Civil Veterinary Department Bihar & Orissa reports 1922-29 - 1922-1929
Year: 1922
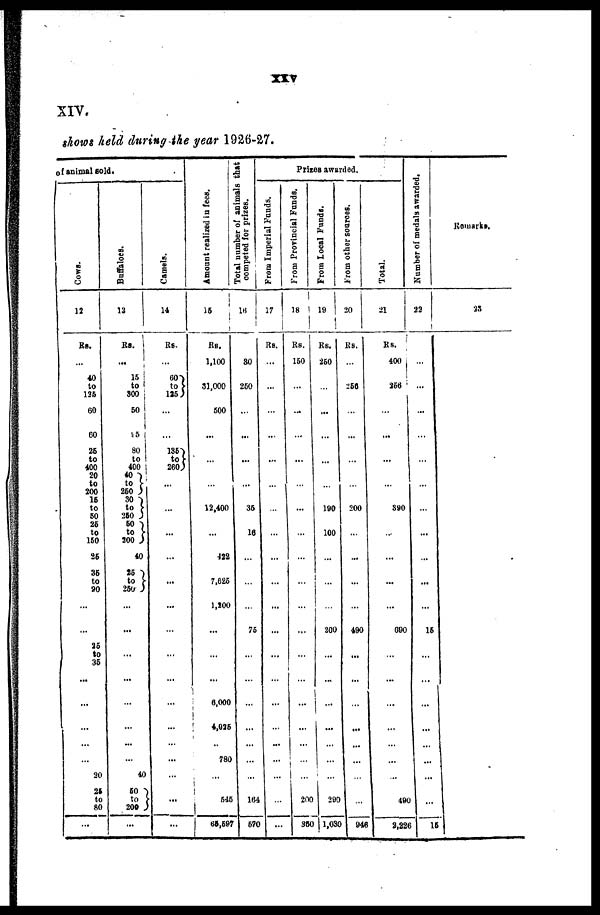
XIV.
shorn held during the year 1926-27.
of animal sold.
Cows .
12
Rs.
...
40
to
125
60
60
25
to
400
20
to
200
16
to
50
26
to
150
25
36
to
90
...
25
to
35
...
...
...
...
...
20
25
to
80
...
Buf f
a l
oe s .
13
Rs.
...
15
to
800
50
95
80
to
400
40
to
250
30
to
250
50
to
200
40
25
to
250
...
...
...
...
...
...
...
40
60
to
200
...
Camels.
14
Rs-
...
60
to
125
...
...
135
to
260
...
...
...
...
...
...
...
...
...
...
...
...
...
...
Amount realized in fees.
15
Rs.
1,100
31,000
500
...
...
...
12,400
...
422
7,825
1,200
...
...
6,000
4,025
...
780
...
545
66,597
Total number of animals that
competed for prizes.
16
30
250
...
...
...
...
35
16
75
...
...
...
...
...
...
164
570
Pries awarded.
From Imperial Funds.
17
Rs.
...
...
...
...
...
...
...
...
...
...
...
...
...
...
...
...
..
...
From Provincial Funds.
18
Rs.
150
...
...
...
...
...
...
...
...
...
...
...
...
...
...
200
35C
From Local Funds.
19
Rs.
250
...
...
...
...
190
100
...
200
...
...
...
...
...
...
...
290
1,036
From other sources.
20
Rs.
256
...
...
...
200
...
...
490
...
...
...
...
...
...
..
...
946
Total
21
Rs.
400
356
...
...
...
...
390
...
...
690
...
...
...
...
...
...
...
490
9601 2,226
Number of medals awarded.
22
...
...
...
...
...
...
...
...
...
15
...
...
...
...
...
...
...
15
Remark*.
25